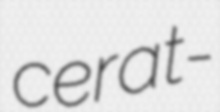
cerat-